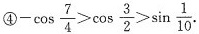
④$$-\cos \frac{7}{4}>\cos \frac{3}{2}>\sin \frac{1}{10}$$.